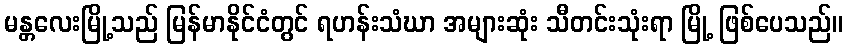
မန္တလေးမြို့သည် မြန်မာနိုင်ငံတွင် ရဟန်းသံဃာ အများဆုံး သီတင်းသုံးရာ မြို့ ဖြစ်ပေသည်။